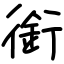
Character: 銜